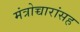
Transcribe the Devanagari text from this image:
मंत्रोच्चारांसह